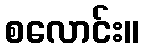
စလောင်း။